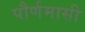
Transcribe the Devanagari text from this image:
पौर्णमासी